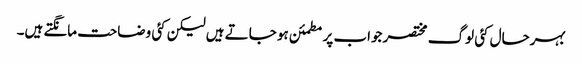
بہرحال کئی لوگ مختصر جواب پر مطمئن ہو جاتے ہیں لیکن کئی وضاحت مانگتے ہیں۔